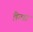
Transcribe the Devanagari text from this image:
क़ैफ़